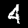
Label: 4